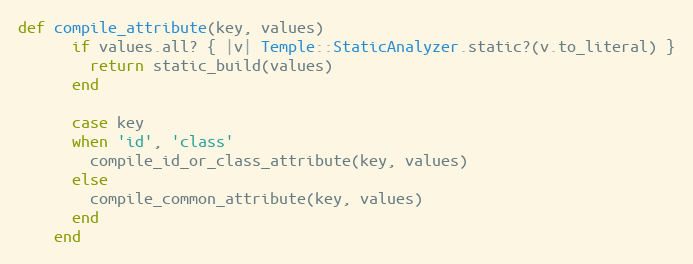
Language: Ruby
def compile_attribute(key, values)
      if values.all? { |v| Temple::StaticAnalyzer.static?(v.to_literal) }
        return static_build(values)
      end

      case key
      when 'id', 'class'
        compile_id_or_class_attribute(key, values)
      else
        compile_common_attribute(key, values)
      end
    end